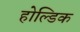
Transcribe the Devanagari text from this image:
होल्डिक